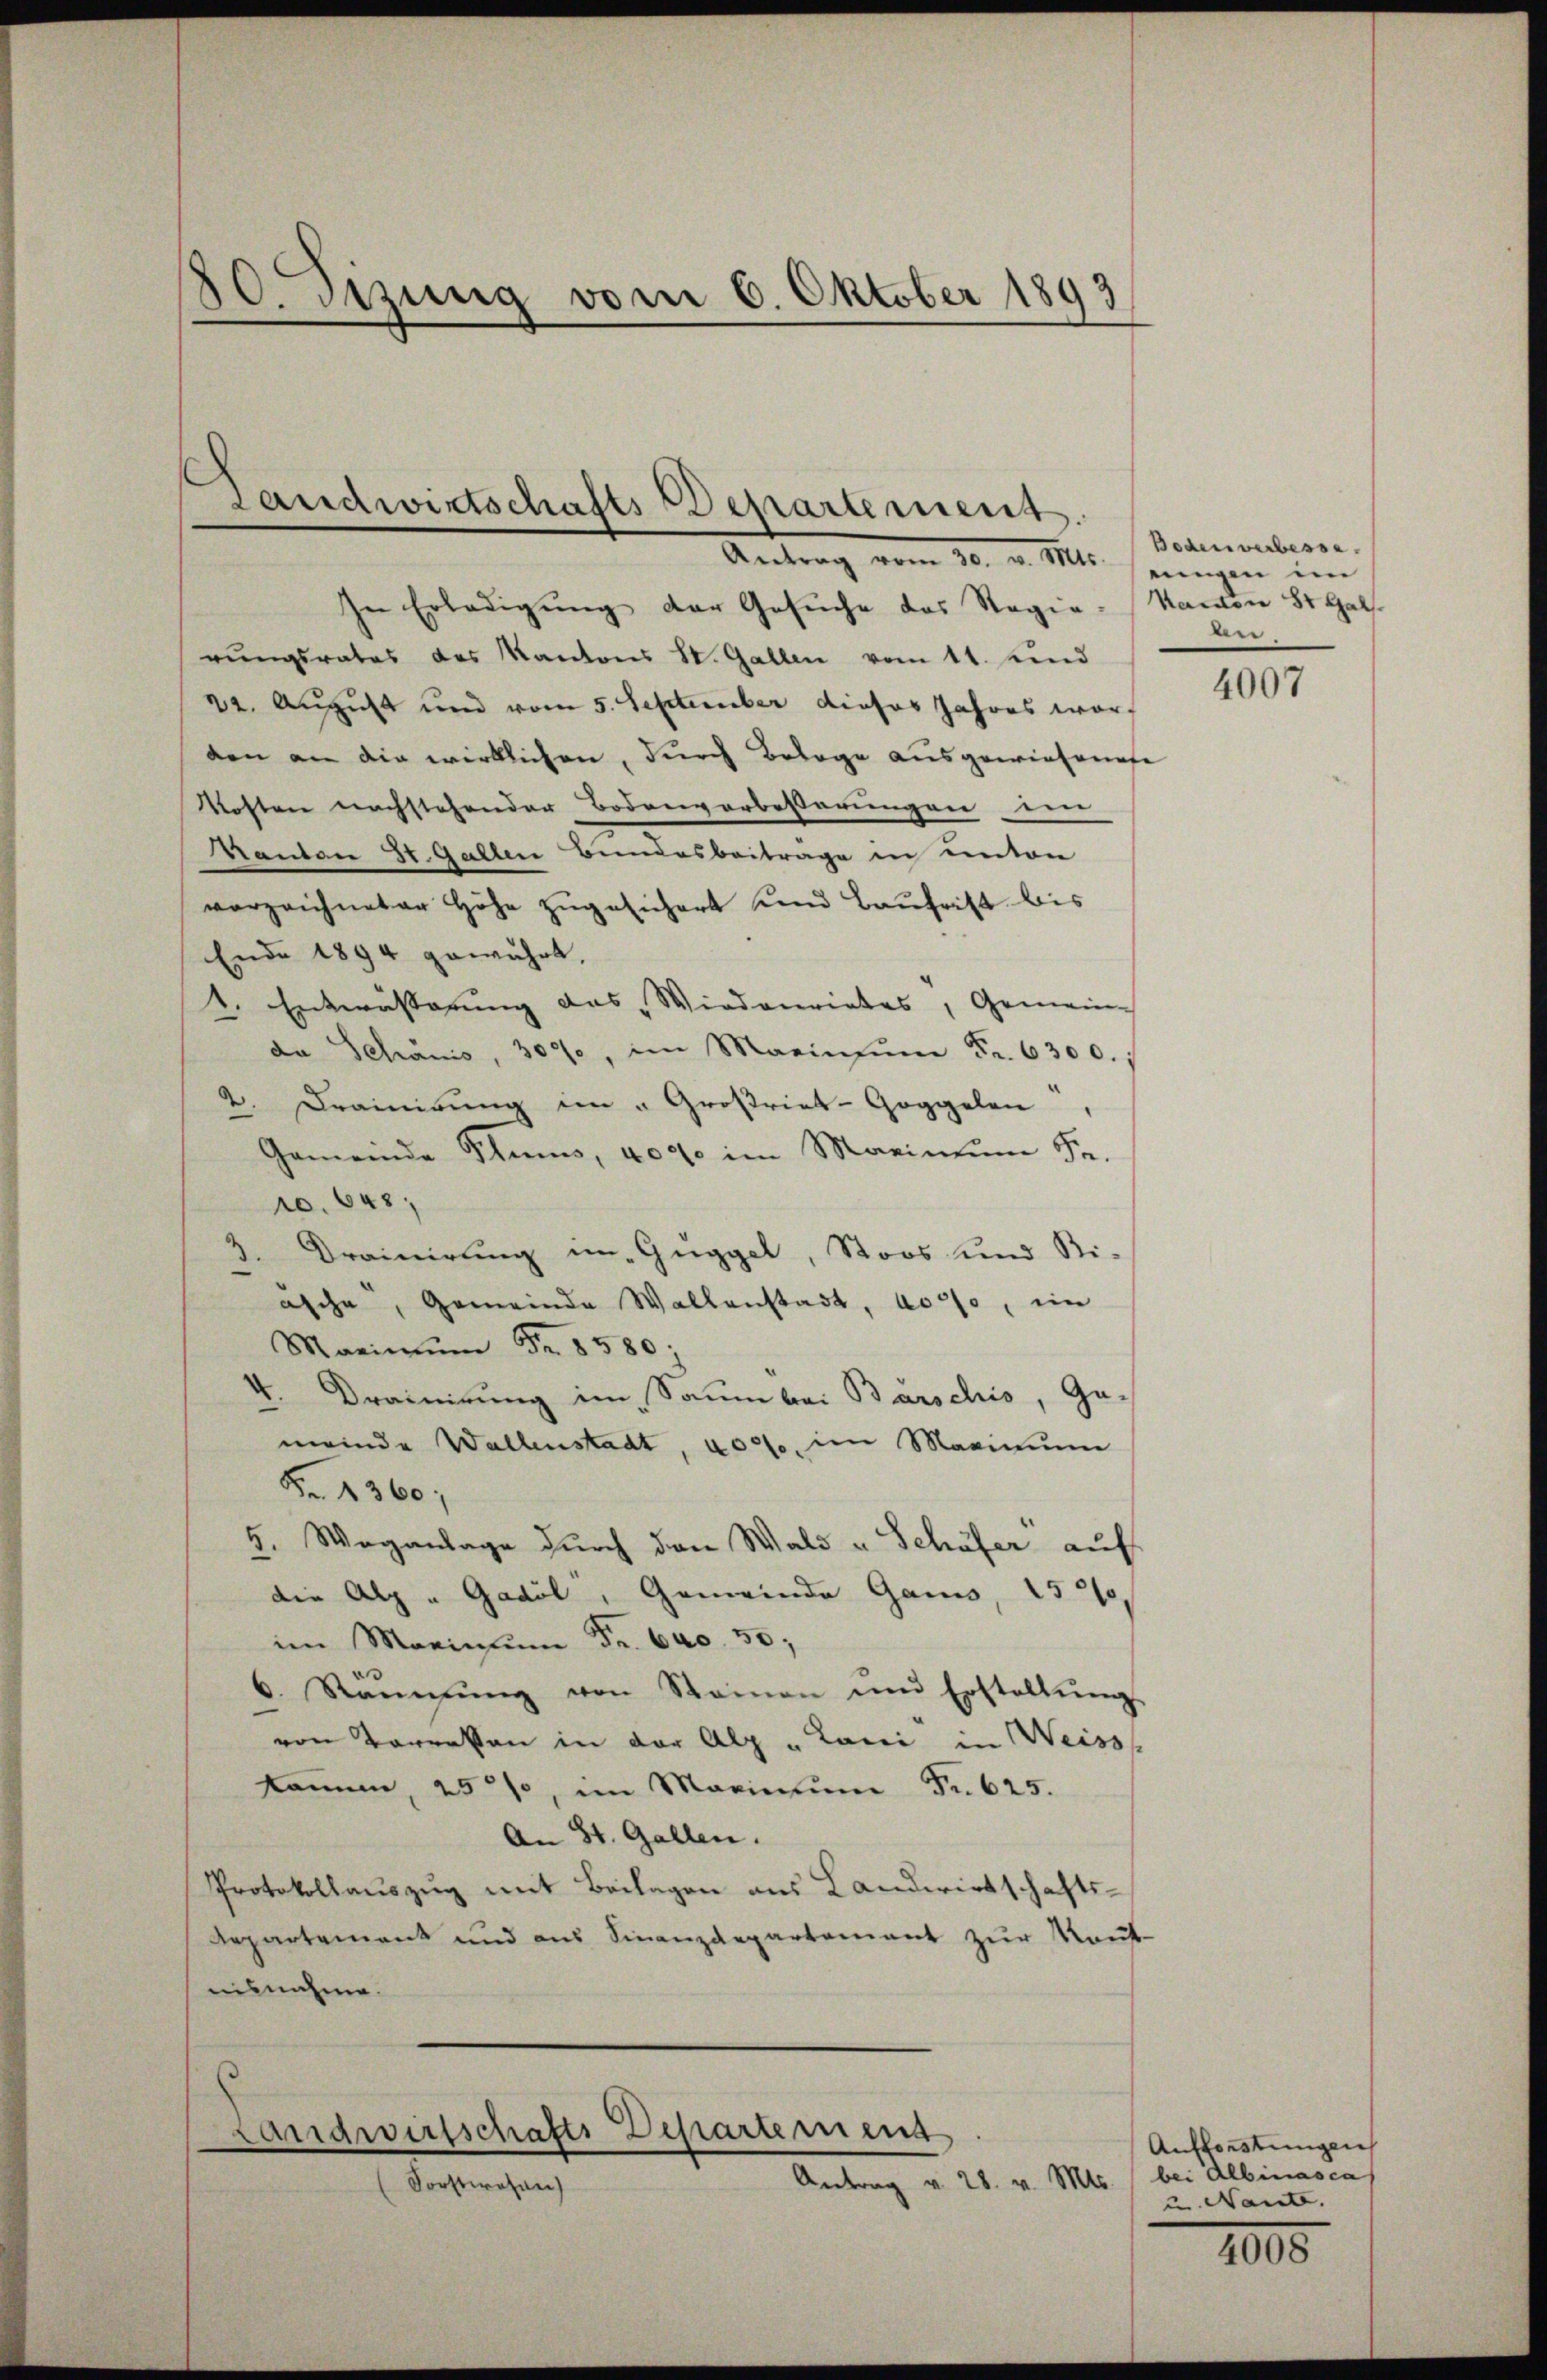
80. Dezung vom 6. Oktober 1893

Landwirtschafts-Departement.
Antrag vom 30. v. Mts. seingen im

In Erledigung der Gesuche das Regie-Namon St. Galrungsrates des Kantons St. Gallen vom 11. und
22. August und vom 5. September dieses Jahres war.
den an die wirklichen, durch Bologe ausgewiesenese
Kosten nachstehender Bodenvorbesserungen ein
Kanton St. Gallen Bundesbeitrage in unter
vorzeichneter Höhe zŭgesichert und Baufrist bis
Ende 1894 gewährt,
4. Entwässerung des „Wiederriates, Gemeine
da Schanis, 3000, im Marin zŭm Fr. 6300.
2. Drainirung im "Großriet-Goggelen
Gemeinde Plums, 407 im Marin ŭm Fr.
ro. 648,
Drainirung im Guggel, Stoos und Bi-
äsche, Gemeinde Wallenstadt, vor, im
Maximŭm Fr. 8580;
4. Drainirung im Saum bei Barschis, Ge-
meinde Wallenstadt, 4000. im Maximum
Fr. 1360;
5. Weganlage durch den Wald u. Schöfer auf
die Alp " Gadel, Gemeinde Gans, 152
im Marin ŭm Fr. 640. 50,
6. Rammŭng von Steinen und Erstellŭng
von Torersen in der Alp "Lani in Weiss
kamm, 25%, im Maximŭm Fr. 625.
An St. Gallen.
Protokollauszug mit Beilagen aus Landwirtschafts-
Repartement und aus Finanzdepartamant zŭr Raut-
nisnahme.

.
Landwirtschafts-Departemens
Antrag v. 28. v. Mts.
Forstwesen

Boden verbesse.
ben

4007

Aufforstungen
bei Albinasca
un Nante. |

1005